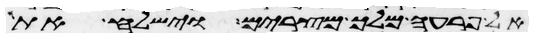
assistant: אל פרעה מלך מצרים וישלח את